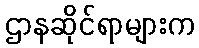
ဌာနဆိုင်ရာများက